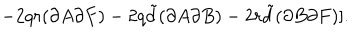
- 2 q r ( \partial A \partial F ) - 2 q { \tilde { d } } ( \partial A \partial B ) - 2 r { \tilde { d } } ( \partial B \partial F ) ] .